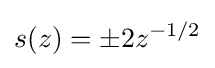
s(z)=\pm 2z^{-1/2}